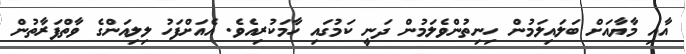
އާއި މާޔާއަށް ބަލައިލަމުން ހިނިިތުންވެލަމުން ދަނީ ކަމުގައި ހާމަކުރިއެވެ. އެއަށްފަހު ލިލިއަންގެ ވާތްފަރާތުން